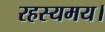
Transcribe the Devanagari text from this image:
रहस्यमय।